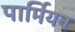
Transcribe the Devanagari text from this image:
पार्मियन